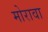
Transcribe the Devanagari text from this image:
मोरावा